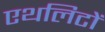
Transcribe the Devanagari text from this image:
एथलिटों